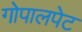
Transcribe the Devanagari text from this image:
गोपालपेट